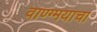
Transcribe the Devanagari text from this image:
वाण्ग्मयाचा